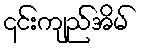
၎င်းကျည်အိမ်